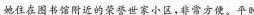
她在图书馆附近的荣誉世家小区，非常方便。平时